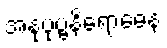
အနုပုဗ္ဗနိရောဓေန